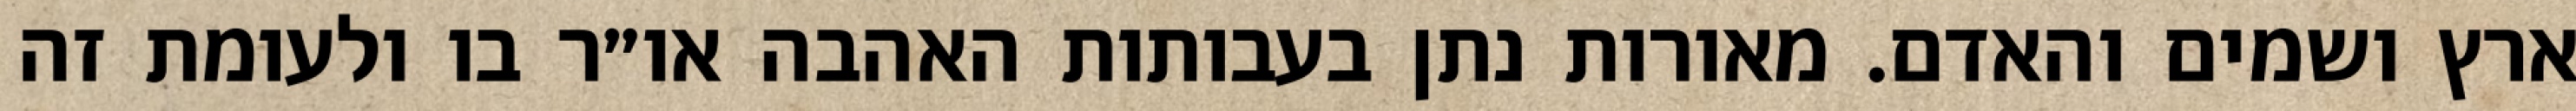
ארץ ושמים והאדם. מאורות נתן בעבותות האהבה או״ר בו ולעומת זה